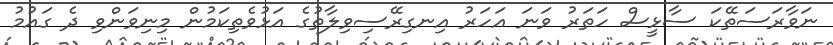
ނަވާރަސަތޭކަ ސާޅީސް ހަތަރު ވަނަ އަހަރު އިނގިރޭސިވިލާތުގެ އަޅުވެތިކަމުން މިނިވަންވި ދެ ގައުމު